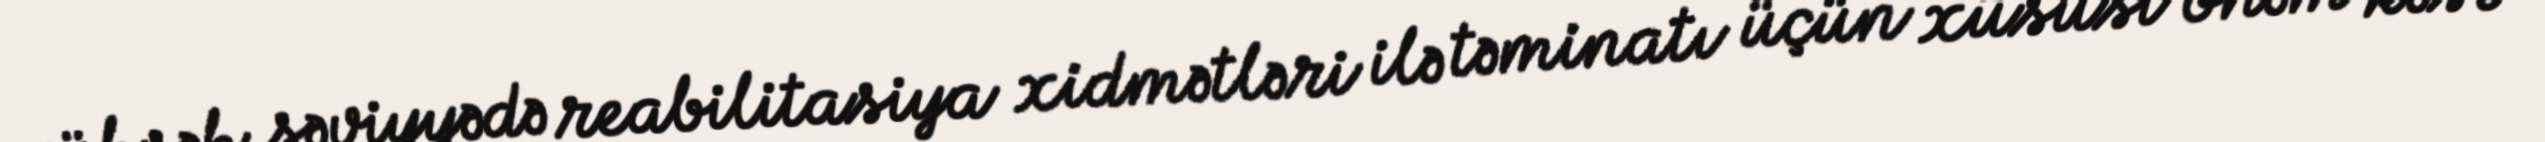
yüksək səviyyədə reabilitasiya xidmətləri ilə təminatı üçün xüsusi önəm kəsb